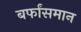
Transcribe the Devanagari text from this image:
बर्फांसमान